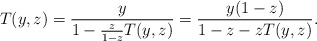
\begin{align*} T(y, z)=\frac{y}{1-\frac{z}{1-z}T(y, z)}=\frac{y(1-z)}{1-z-zT(y, z)}. \end{align*}